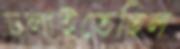
ঢলাইতেছিল